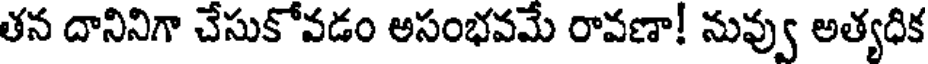
తన దానినిగా చేసుకోవడం అసంభవమే రావణా! నువ్వు అత్యధిక